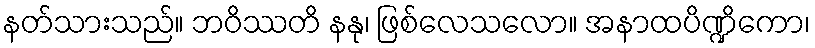
နတ်သားသည်။ ဘဝိဿတိ နနု၊ ဖြစ်လေသလော။ အနာထပိဏ္ဍိကော၊